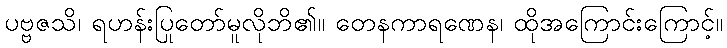
ပဗ္ဗဇသိ၊ ရဟန်းပြုတော်မူလိုဘိ၏။ တေနကာရဏေန၊ ထိုအကြောင်းကြောင့်။